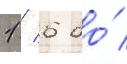
1 / 6 до́